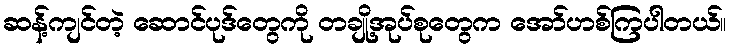
ဆန့်ကျင်တဲ့ ဆောင်ပုဒ်တွေကို တချို့အုပ်စုတွေက အော်ဟစ်ကြပါတယ်။